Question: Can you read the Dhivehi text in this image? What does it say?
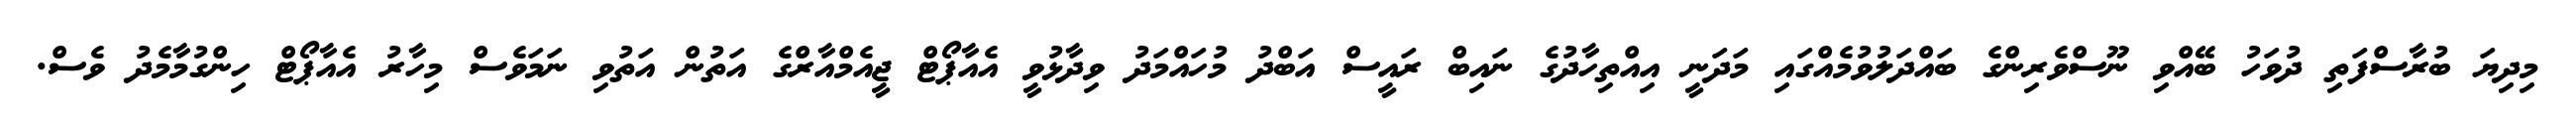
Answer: މިދިޔަ ބުރާސްފަތި ދުވަހު ބޭއްވި ނޫސްވެރިންގެ ބައްދަލުވުމެއްގައި މަދަނީ އިއްތިހާދުގެ ނައިބް ރައީސް އަބްދު މުހައްމަދު ވިދާޅުވީ އެއާޕޯޓް ޖީއެމްއާރްގެ އަތުން އަތުވި ނަމަވެސް މިހާރު އެއާޕޯޓް ހިންގުމާމެދު ވެސް.